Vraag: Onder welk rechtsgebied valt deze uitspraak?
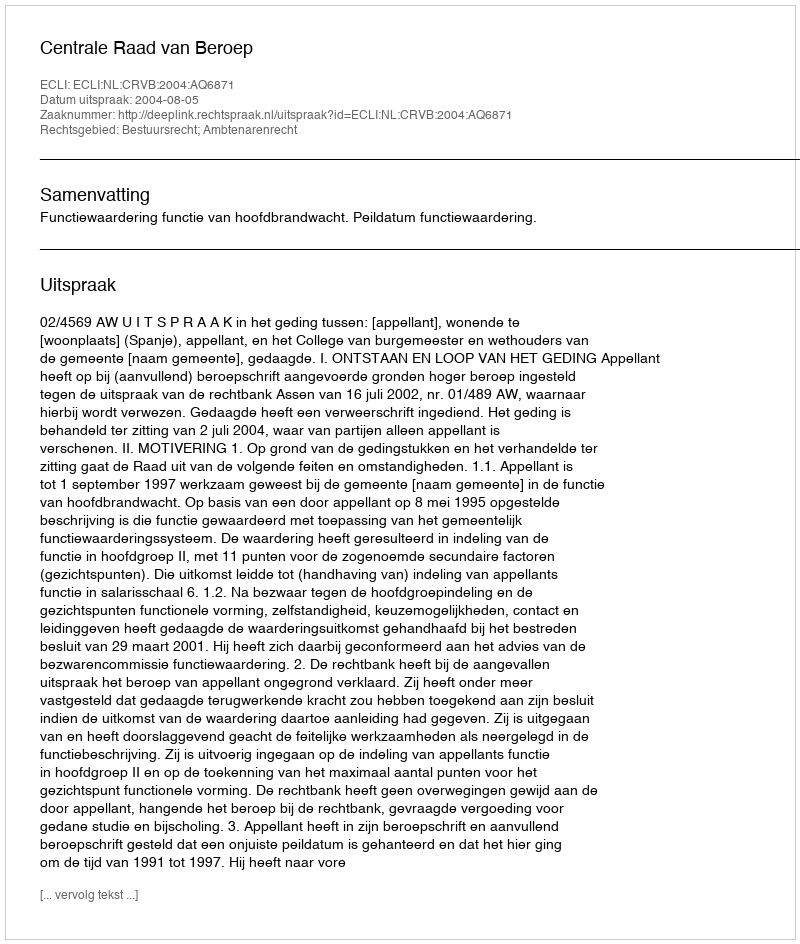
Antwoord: Bestuursrecht; Ambtenarenrecht